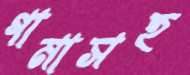
গামাসহ